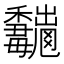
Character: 𱶮